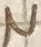
Text: N